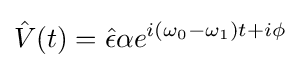
{\hat {V}}(t)={\hat {\epsilon }}\alpha e^{i(\omega _{0}-\omega _{1})t+i\phi }